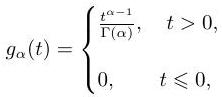
\[
g_{\alpha}(t)=
\begin{cases}
\frac{t^{\alpha - 1}}{\Gamma(\alpha)}, & t > 0, \\
0, & t \leq 0,
\end{cases}
\]